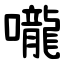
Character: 嚨